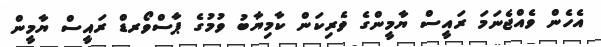
އެހެން ވެއްޖެނަމަ ރައީސް ޔާމީންގެ ވެރިކަން ކާމިޔާބު ވުމުގެ ޕާސްވޯރޑް ރައީސް ޔާމީން